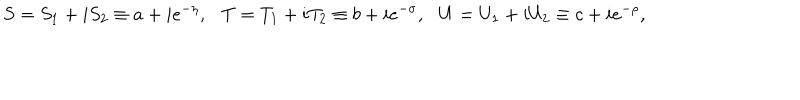
S = S _ { 1 } + i S _ { 2 } \equiv a + i e ^ { - \eta } , \ \ \ T = T _ { 1 } + i T _ { 2 } \equiv b + i e ^ { - \sigma } , \ \ \ U = U _ { 1 } + i U _ { 2 } \equiv c + i e ^ { - \rho } ,